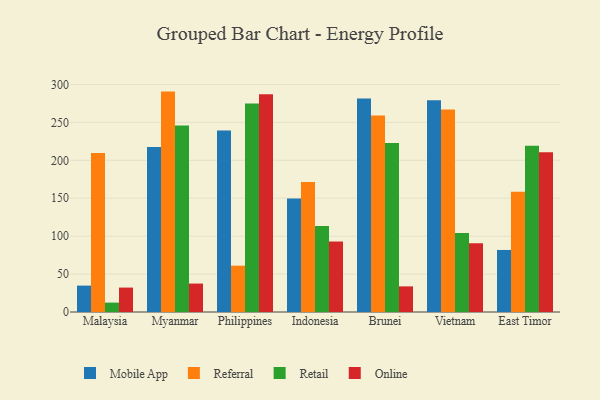
{"axis": {"x": "Country", "y": "Page Views"}, "legend": ["Mobile App", "Online", "Referral", "Retail"], "data": [{"x": "Malaysia", "y": 34.8, "type": "Mobile App"}, {"x": "Malaysia", "y": 209.6, "type": "Referral"}, {"x": "Malaysia", "y": 12.4, "type": "Retail"}, {"x": "Malaysia", "y": 32.2, "type": "Online"}, {"x": "Myanmar", "y": 217.7, "type": "Mobile App"}, {"x": "Myanmar", "y": 290.6, "type": "Referral"}, {"x": "Myanmar", "y": 245.9, "type": "Retail"}, {"x": "Myanmar", "y": 37.5, "type": "Online"}, {"x": "Philippines", "y": 239.3, "type": "Mobile App"}, {"x": "Philippines", "y": 61.1, "type": "Referral"}, {"x": "Philippines", "y": 275.0, "type": "Retail"}, {"x": "Philippines", "y": 287.2, "type": "Online"}, {"x": "Indonesia", "y": 149.7, "type": "Mobile App"}, {"x": "Indonesia", "y": 171.3, "type": "Referral"}, {"x": "Indonesia", "y": 113.3, "type": "Retail"}, {"x": "Indonesia", "y": 93.0, "type": "Online"}, {"x": "Brunei", "y": 281.4, "type": "Mobile App"}, {"x": "Brunei", "y": 259.0, "type": "Referral"}, {"x": "Brunei", "y": 222.9, "type": "Retail"}, {"x": "Brunei", "y": 33.8, "type": "Online"}, {"x": "Vietnam", "y": 279.1, "type": "Mobile App"}, {"x": "Vietnam", "y": 267.1, "type": "Referral"}, {"x": "Vietnam", "y": 104.3, "type": "Retail"}, {"x": "Vietnam", "y": 90.8, "type": "Online"}, {"x": "East Timor", "y": 81.8, "type": "Mobile App"}, {"x": "East Timor", "y": 158.7, "type": "Referral"}, {"x": "East Timor", "y": 219.2, "type": "Retail"}, {"x": "East Timor", "y": 210.7, "type": "Online"}]}